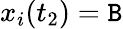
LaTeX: x_{i}(t_{2})=\mathtt{B}